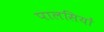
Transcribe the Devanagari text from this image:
पालसियों